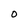
Character: O